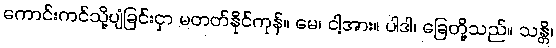
ကောင်းကင်သို့ပျံခြင်းငှာ မတတ်နိုင်ကုန်။ မေ၊ ငါ့အား။ ပါဒါ၊ ခြေတို့သည်။ သန္တိ၊